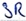
Text: SR